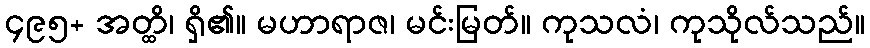
၄၉၅+ အတ္ထိ၊ ရှိ၏။ မဟာရာဇ၊ မင်းမြတ်။ ကုသလံ၊ ကုသိုလ်သည်။